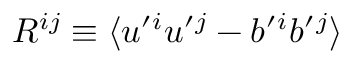
{ \cal { R } } ^ { i j } \equiv \langle { u ^ { \prime } { } ^ { i } u ^ { \prime } { } ^ { j } - b ^ { \prime } { } ^ { i } b ^ { \prime } { } ^ { j } } \rangle